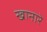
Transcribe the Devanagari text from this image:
खानारे